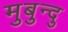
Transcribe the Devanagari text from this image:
मुबुन्दु